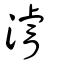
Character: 濬